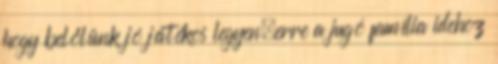
hogy belőlünk jó játékos legyen,erre a jugó família idehoz